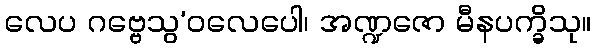
လေပ ဂဗ္ဗေသွ’ဝလေပေါ၊ အဏ္ဍဇော မီနပက္ခိသု။